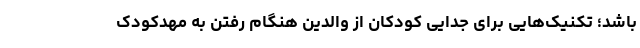
باشد؛ تکنیک‌هایی برای جدایی کودکان از والدین هنگام رفتن به مهدکودک